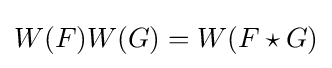
W(F)W(G)=W(F\star G)